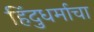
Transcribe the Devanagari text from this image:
हिंदुधर्माचा